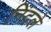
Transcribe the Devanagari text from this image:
निंदले